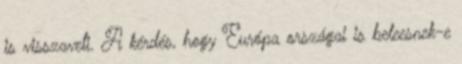
is visszaveti. A kérdés, hogy Európa országai is beleesnek-e